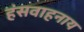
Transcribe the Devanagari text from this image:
हंसवाहनाय